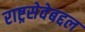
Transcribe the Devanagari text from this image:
राष्ट्रसेवेबद्दल